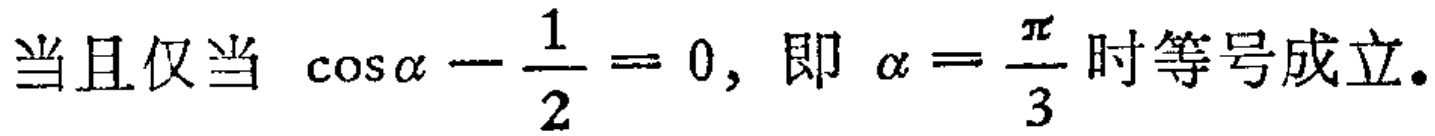
当且仅当 \(\cos\alpha - \frac{1}{2} = 0\), 即 \(\alpha = \frac{\pi}{3}\) 时等号成立。